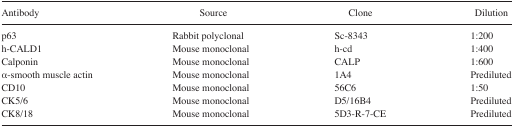
<table><thead><tr><td><b>Antibody</b></td><td><b>Source</b></td><td><b>Clone</b></td><td><b>Dilution</b></td></tr></thead><tbody><tr><td>p63</td><td>Rabbit polyclonal</td><td>Sc-8343</td><td>1:200</td></tr><tr><td>h-CALD1</td><td>Mouse monoclonal</td><td>h-cd</td><td>1:400</td></tr><tr><td>Calponin</td><td>Mouse monoclonal</td><td>CALP</td><td>1:600</td></tr><tr><td>α-smooth muscle actin</td><td>Mouse monoclonal</td><td>1A4</td><td>Prediluted</td></tr><tr><td>CD10</td><td>Mouse monoclonal</td><td>56C6</td><td>1:50</td></tr><tr><td>CK5/6</td><td>Mouse monoclonal</td><td>D5/16B4</td><td>Prediluted</td></tr><tr><td>CK8/18</td><td>Mouse monoclonal</td><td>5D3-R-7-CE</td><td>Prediluted</td></tr></tbody></table>